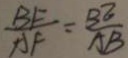
\frac { B F } { A F } = \frac { B E } { A B }